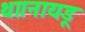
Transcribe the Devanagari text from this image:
था।नायडू